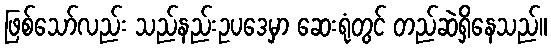
ဖြစ်သော်လည်း သည်နည်းဥပဒေမှာ ဆေးရုံတွင် တည်ဆဲရှိနေသည်။